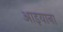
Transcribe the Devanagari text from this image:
आइयाना